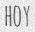
HOY